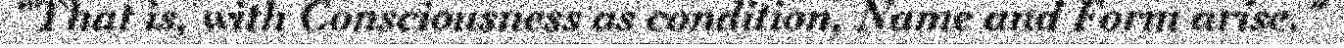
"That is, with Consciousness as condition, Name and Form arise."